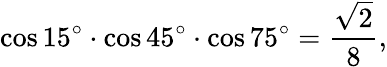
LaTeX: \cos 15^{\circ}\cdot\cos 45^{\circ}\cdot\cos 75^{\circ}={\frac{\sqrt{2}}{8}},